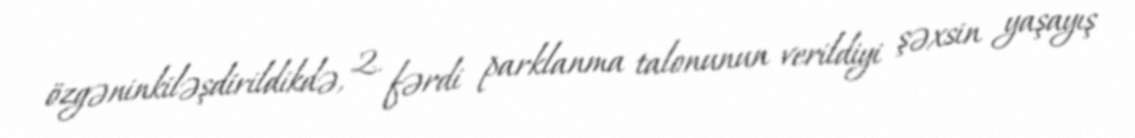
özgəninkiləşdirildikdə, 2. fərdi parklanma talonunun verildiyi şəxsin yaşayış